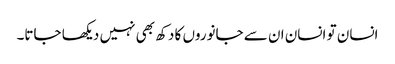
انسان تو انسان ان سے جانوروں کا دکھ بھی نہیں دیکھا جاتا۔